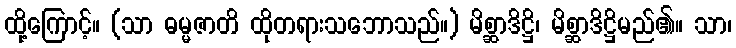
ထို့ကြောင့်။ (သာ ဓမ္မဇာတိ ထိုတရားသဘောသည်။) မိစ္ဆာဒိဋ္ဌိ၊ မိစ္ဆာဒိဋ္ဌိမည်၏။ သာ၊